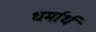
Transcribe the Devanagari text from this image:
धर्मार्ध